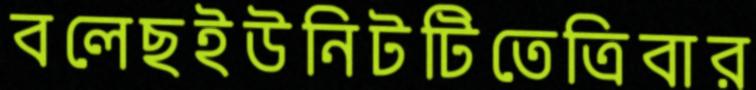
বলেছইউনিটটিতেত্রিবার